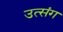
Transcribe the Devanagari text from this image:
उत्संग